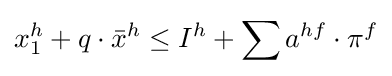
x_{1}^{h}+q\cdot {\bar {x}}^{h}\leq I^{h}+\sum a^{hf}\cdot \pi ^{f}